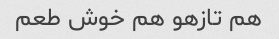
هم تازهو هم خوش طعم